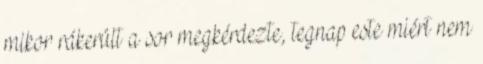
mikor rákerült a sor megkérdezte, tegnap este miért nem